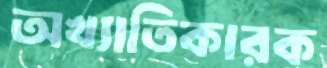
অখ্যাতিকারক